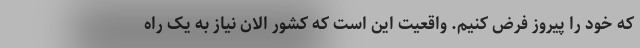
که خود را پیروز فرض کنیم. واقعیت این است که کشور الان نیاز به یک راه